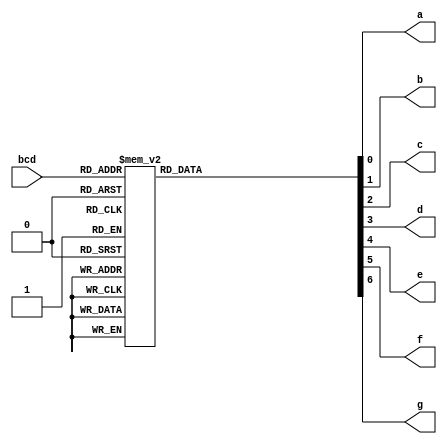
/**************************************************************************************
*	Description
*		This is a BCD to 7 segments in table way 
*		1.0
*	Author:
*		Ing. Flix Godoy Martnez
*	Date:
*		08/07/20
***************************************************************************************/

module Bcd_to_7_seg
(
	// Input Ports
	input [3 : 0] bcd,
	
	// Output Ports
	output a, b, c, d, e, f, g
	
);

reg [6:0]bcd_reg;

always@(bcd) begin

	case(bcd)
		//                     g_fed_cba	
		4'b0000 : bcd_reg = 7'b1_000_000;//0
		4'b0001 : bcd_reg = 7'b1_111_001;//1
		4'b0010 : bcd_reg = 7'b0_100_100;//2
		4'b0011 : bcd_reg = 7'b0_110_000;//3
		4'b0100 : bcd_reg = 7'b0_011_001;//4
		4'b0101 : bcd_reg = 7'b0_010_010;//5
		4'b0110 : bcd_reg = 7'b0_000_010;//6
		4'b0111 : bcd_reg = 7'b1_111_000;//7
		4'b1000 : bcd_reg = 7'b0_000_000;//8
		4'b1001 : bcd_reg = 7'b0_011_000;//9
		
		default: bcd_reg = 7'b1_111_111;
	endcase
	
end

assign a = bcd_reg[0];
assign b = bcd_reg[1];
assign c = bcd_reg[2];
assign d = bcd_reg[3];
assign e = bcd_reg[4];
assign f = bcd_reg[5];
assign g = bcd_reg[6];

endmodule